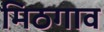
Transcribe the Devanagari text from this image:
मिठगाव